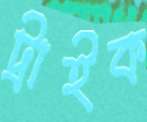
ট্রাইক